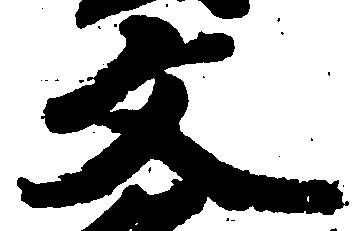
文